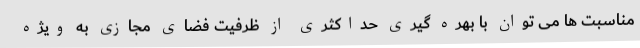
مناسبت ها می توان با بهره گیری حداکثری از ظرفیت فضای مجازی به ویژه